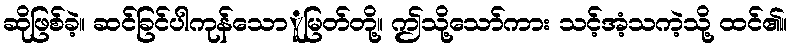
ဆိုဖြစ်ခဲ့။ ဆင်ခြင်ပါကုန်သောူမြတ်တို့။ ဤသို့သော်ကား သင့်အံ့သကဲ့သို့ ထင်၏။